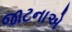
જાટનાએ